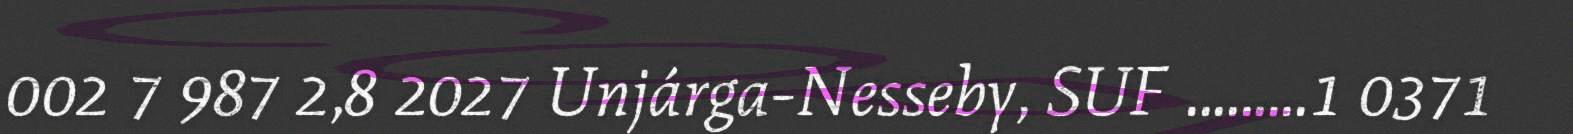
002 7 987 2,8 2027 Unjárga-Nesseby, SUF .........1 0371